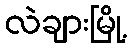
လဲချားမြို့